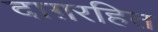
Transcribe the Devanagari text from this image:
दाग़रहित